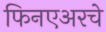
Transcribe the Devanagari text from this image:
फिनएअरचे